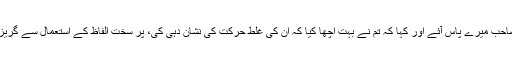
نقی صاحب میرے پاس آئے اور کہا کہ تم نے بہت اچھا کیا کہ ان کی غلط حرکت کی نشان دہی کی، پر سخت الفاظ کے استعمال سے گریز کرو۔